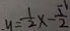
y = \frac { 1 } { 2 } x - \frac { 5 } { 2 }